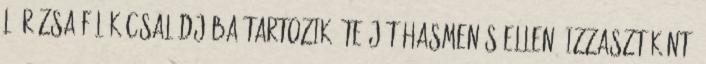
L. Rózsa félék családjába tartozik. Teáját hasmenés ellen, izzasztóként,